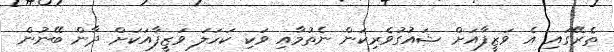
ތެރޭގައި އެ ވަޒީފާއަށް ޝައުގުވެރިކަން ނެތުމާއި ވަކި ކަހަލަ ވަޒީފާއަކަށް ދާން ބޭނުން